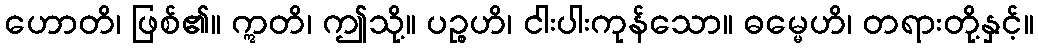
ဟောတိ၊ ဖြစ်၏။ ဣတိ၊ ဤသို့။ ပဉ္စဟိ၊ ငါးပါးကုန်သော။ ဓမ္မေဟိ၊ တရားတို့နှင့်။